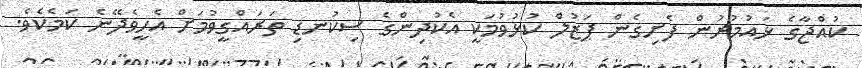
ކުއްޖާގެ ޅައުމުރުން ފެށިގެން ޕަޒުލް ކުޅުވުމަކީ އެކުދިންގެ ސިކުނޑި ތަރައްގީވުމަށް އެހީވެދޭނެ ކަަމެކެވެ.